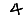
Digit: 4